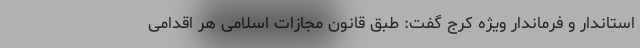
استاندار و فرماندار ویژه کرج گفت: طبق قانون مجازات اسلامی هر اقدامی